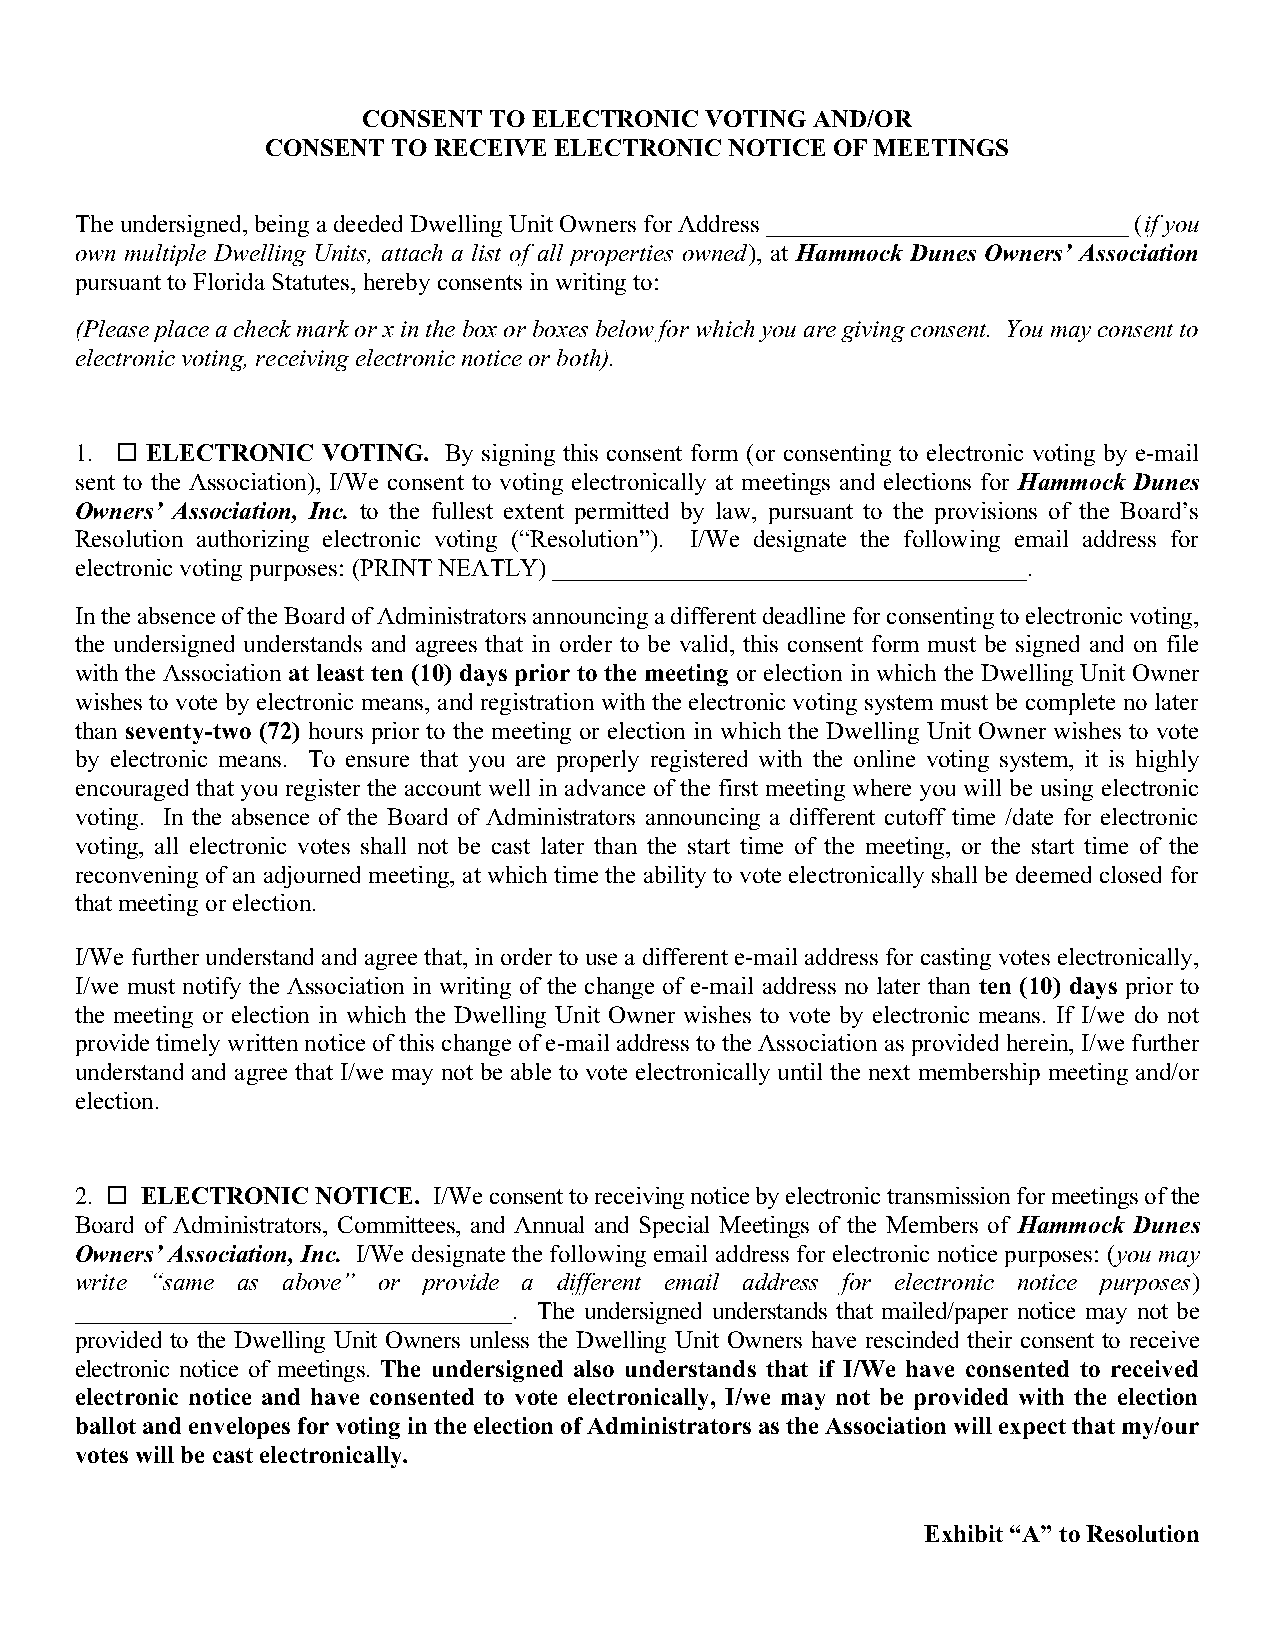
CONSENT TO ELECTRONICVOTING   AND/OR
 CONSENT TO RECEIVE ELECTRONICNOTICE  OFMEETINGS
 Theundersigned,beingadeededDwellingUnitOwners forAddress_____________________________(if you
 own multiple Dwelling Units, attach a list of all properties owned), at Hammock Dunes Owners’ Association
 pursuant toFloridaStatutes,hereby consents inwritingto:
 (Please place a check mark or x in the box or boxes below for which you are giving consent. You may consent to
 electronic voting, receiving electronic notice or both).
 1.  ELECTRONIC VOTING. By signing this consent form (or consenting to electronic voting by e-mail
 sent to the Association), I/We consent to voting electronically at meetings and elections for Hammock Dunes
 Owners’ Association, Inc. to the fullest extent permitted by law, pursuant to the provisions of the Board’s
 Resolution authorizing electronic voting (“Resolution”). I/We designate the following email address for
 electronic votingpurposes: (PRINTNEATLY)______________________________________.
 IntheabsenceoftheBoardofAdministratorsannouncingadifferentdeadlineforconsentingtoelectronicvoting,
 the undersigned understands and agrees that in order to be valid, this consent form must be signed and on file
 with the Association at least ten (10) days prior to the meeting or election in which the Dwelling Unit Owner
 wishes to vote by electronic means, and registration with the electronic voting system must be complete no later
 than seventy-two (72) hours prior to the meeting or election in which the Dwelling Unit Owner wishes to vote
 by electronic means. To ensure that you are properly registered with the online voting system, it is highly
 encouraged that you register the account well in advance of the first meeting where you will be using electronic
 voting. In the absence of the Board of Administrators announcing a different cutoff time /date for electronic
 voting, all electronic votes shall not be cast later than the start time of the meeting, or the start time of the
 reconvening of an adjournedmeeting, at which time the ability to vote electronically shall be deemed closed for
 that meetingorelection.
 I/We furtherunderstand and agreethat,in order tousea different e-mail address for castingvotes electronically,
 I/we must notify the Association in writing of the change of e-mail address no later than ten (10) days prior to
 the meeting or election in which the Dwelling Unit Owner wishes to vote by electronic means. If I/we do not
 providetimelywrittennoticeofthis changeofe-mail address totheAssociationas providedherein, I/wefurther
 understand and agree that I/we may not be able to vote electronically until the next membership meeting and/or
 election.
 2.  ELECTRONIC NOTICE. I/Weconsenttoreceivingnoticebyelectronictransmissionformeetingsofthe
 Board of Administrators, Committees, and Annual and Special Meetings of the Members of Hammock Dunes
 Owners’ Association, Inc. I/We designate the following email address for electronic notice purposes: (you may
 write “same as above” or provide a different email address for electronic notice purposes)
 ___________________________________. The undersigned understands that mailed/paper notice may not be
 provided to the Dwelling Unit Owners unless the Dwelling Unit Owners have rescinded their consent to receive
 electronic notice of meetings. The undersigned also understands that if I/We have consented to received
 electronic notice and have consented to vote electronically, I/we may not be provided with the election
 ballotandenvelopesforvotingintheelectionofAdministratorsastheAssociationwillexpectthatmy/our
 voteswill be castelectronically.
 Exhibit“A”toResolution